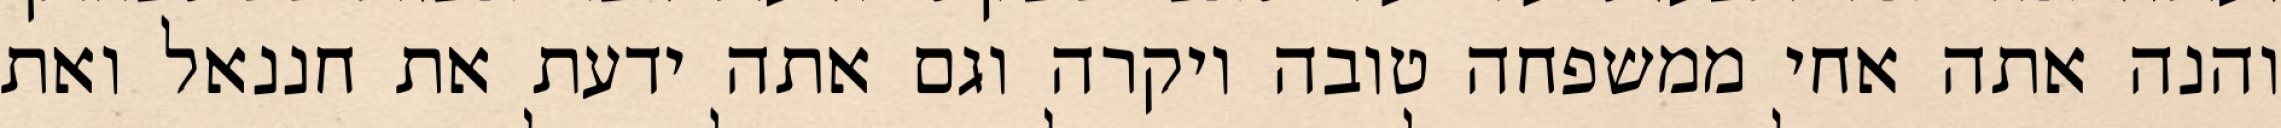
והנה אתה אחי ממשפחה טובה ויקרה וגם אתה ידעת את חננאל ואת